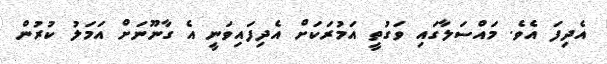
އެދިފަ އެވެ. މައްސަލާގައި ވަގުތީ އަމުރަކަށް އެދިފައިވަނީ އެ ގާނޫނަށް އަމަލު ކުރުން